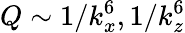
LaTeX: Q\sim 1/k_{x}^{6},1/k_{z}^{6}